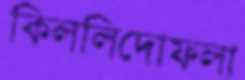
কিললিদোফলা